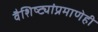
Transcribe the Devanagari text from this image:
वैशिष्ट्यांप्रमाणेही